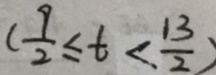
( \frac { 9 } { 2 } \leq t < \frac { 1 3 } { 2 } )